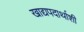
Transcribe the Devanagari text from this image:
खाद्यपदार्थाशी